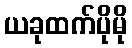
ယခုထက်ပိုမို